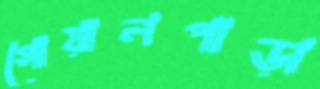
গোয়ালপাড়া